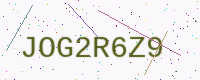
Text: JOG2R6Z9